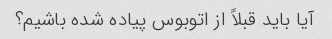
آیا باید قبلاً از اتوبوس پیاده شده باشیم؟